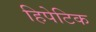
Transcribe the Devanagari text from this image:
हिपेटिक